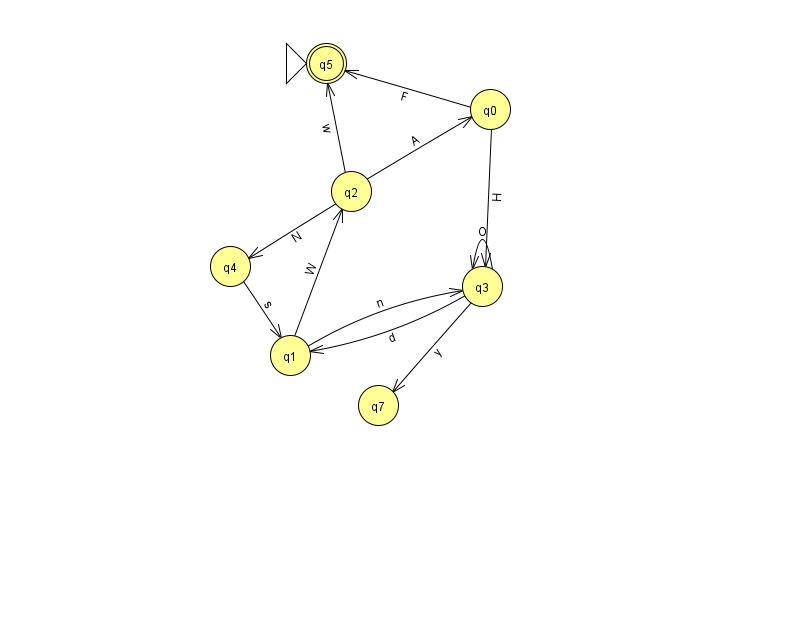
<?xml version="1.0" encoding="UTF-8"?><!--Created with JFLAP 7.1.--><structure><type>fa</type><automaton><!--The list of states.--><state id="0" name="q0"><x>490.0</x><y>96.0</y></state><state id="1" name="q1"><x>290.0</x><y>342.0</y></state><state id="2" name="q2"><x>351.0</x><y>178.0</y></state><state id="3" name="q3"><x>482.0</x><y>273.0</y></state><state id="4" name="q4"><x>230.0</x><y>253.0</y></state><state id="5" name="q5"><x>326.0</x><y>50.0</y><initial/><final/></state><state id="7" name="q7"><x>378.0</x><y>392.0</y></state><!--The list of transitions.--><transition><from>0</from><to>5</to><read>F</read></transition><transition><from>1</from><to>2</to><read>W</read></transition><transition><from>1</from><to>3</to><read>n</read></transition><transition><from>4</from><to>1</to><read>s</read></transition><transition><from>3</from><to>7</to><read>y</read></transition><transition><from>2</from><to>4</to><read>N</read></transition><transition><from>2</from><to>5</to><read>w</read></transition><transition><from>0</from><to>3</to><read>H</read></transition><transition><from>2</from><to>0</to><read>A</read></transition><transition><from>3</from><to>1</to><read>d</read></transition><transition><from>3</from><to>3</to><read>O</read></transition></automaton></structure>